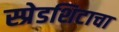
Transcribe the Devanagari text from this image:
स्प्रेडशिटाचा